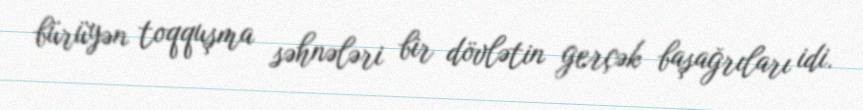
bürüyən toqquşma səhnələri bir dövlətin gerçək başağrıları idi.